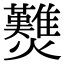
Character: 𤓉